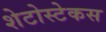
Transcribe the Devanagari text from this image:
शेटोस्टेकस